Vaccination in Bombay 1863-1868 - 1863-1868
Year: 1863
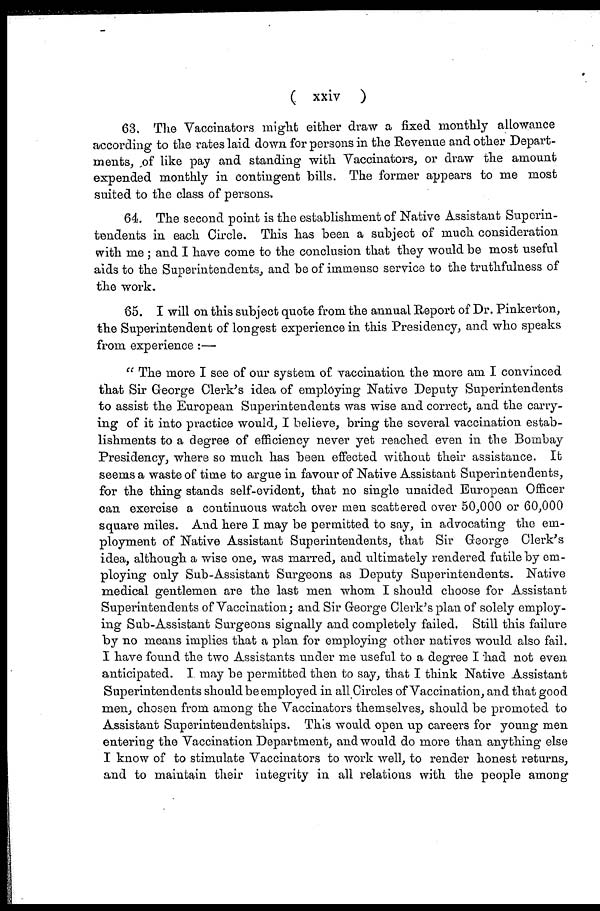
( xxiv )
63. The Vaccinators might either draw a fixed monthly allowance
according to the rates laid down for persons in the Revenue and other Depart-
ments, of like pay and standing with Vaccinators, or draw the amount
expended monthly in contingent bills. The former appears to me most
suited to the class of persons.
64. The second point is the establishment of Native Assistant Superin-
tendents in each Circle. This has been a subject of much consideration
with me ; and I have come to the conclusion that they would be most useful
aids to the Superintendents, and be of immense service to the truthfulness of
the work.
65. I will on this subject quote from the annual Report of Dr. Pinkerton,
the Superintendent of longest experience in this Presidency, and who speaks
from experience :—
" The more I see of our system of. vaccination the more am I convinced
that Sir George Clerk's idea of employing Native Deputy Superintendents
to assist the European Superintendents was wise and correct, and the carry-
ing of it into practice would, I believe, bring the several vaccination estab-
lishments to a degree of efficiency never yet reached even in the Bombay
Presidency, where so much has been effected without their assistance. It
seems a waste of time to argue in favour of Native Assistant Superintendents,
for the thing stands self-evident, that no single unaided European Officer
can exercise a continuous watch over men scattered over 50,000 or 60,000
square miles. And here I may be permitted to say, in advocating the em-
ployment of Native Assistant Superintendents, that Sir George Clerk's
idea, although a wise one, was marred, and ultimately rendered futile by em-
ploying only Sub-Assistant Surgeons as Deputy Superintendents. Native
medical gentlemen are the last men whom I should choose for Assistant
Superintendents of Vaccination; and Sir George Clerk's plan of solely employ-
ing Sub-Assistant Surgeons signally and completely failed. Still this failure
by no means implies that a plan for employing other natives would also fail.
I have found the two Assistants under me useful to a degree I had not even
anticipated. I. may be permitted then to say, that I think Native Assistant
Superintendents should be employed in all Circles of Vaccination, and that good
men, chosen from among the Vaccinators themselves, should be promoted to
Assistant Superintendentships. This would open up careers for young men
entering the Vaccination Department, and would do more than anything else
I know of to stimulate Vaccinators to work well, to render honest returns,
and to maintain their integrity in all relations with the people among